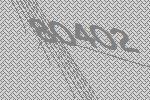
80402